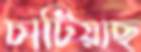
চাটিয়াছ